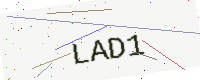
Text: LAD1